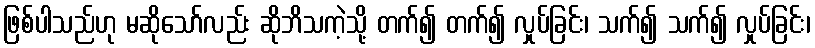
ဖြစ်ပါသည်ဟု မဆိုသော်လည်း ဆိုဘိသကဲ့သို့ တက်၍ တက်၍ လှုပ်ခြင်း၊ သက်၍ သက်၍ လှုပ်ခြင်း၊